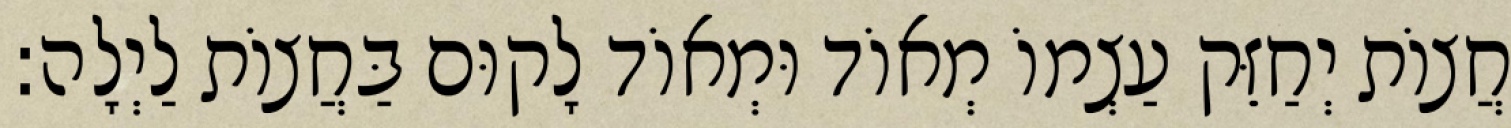
חֲצוֹת יְחַזֵּק עַצְמוֹ מְאוֹד וּמְאוֹד לָקוּם בַּחֲצוֹת לַיְלָה: